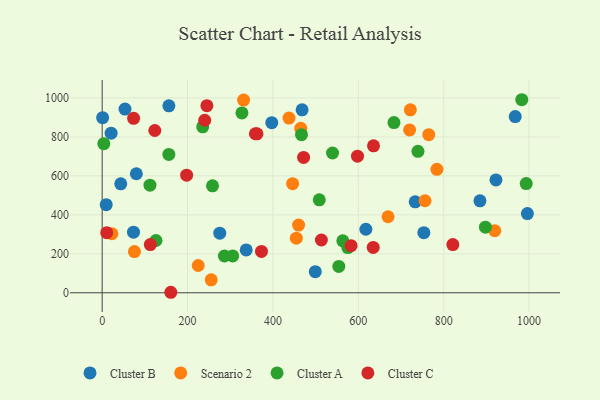
{"axis": {"x": "Engine Size", "y": "Fuel Efficiency"}, "legend": ["Cluster A", "Cluster B", "Cluster C", "Scenario 2"], "data": [{"x": "156.3", "y": 959.1, "type": "Cluster B"}, {"x": "753.5", "y": 308.5, "type": "Cluster B"}, {"x": "53.5", "y": 942.3, "type": "Cluster B"}, {"x": "21.0", "y": 819.0, "type": "Cluster B"}, {"x": "275.5", "y": 306.0, "type": "Cluster B"}, {"x": "397.3", "y": 872.8, "type": "Cluster B"}, {"x": "468.3", "y": 938.6, "type": "Cluster B"}, {"x": "617.7", "y": 326.0, "type": "Cluster B"}, {"x": "499.2", "y": 108.4, "type": "Cluster B"}, {"x": "1.1", "y": 898.4, "type": "Cluster B"}, {"x": "9.5", "y": 452.1, "type": "Cluster B"}, {"x": "43.6", "y": 558.8, "type": "Cluster B"}, {"x": "967.5", "y": 904.1, "type": "Cluster B"}, {"x": "884.9", "y": 471.6, "type": "Cluster B"}, {"x": "337.4", "y": 219.9, "type": "Cluster B"}, {"x": "733.2", "y": 466.7, "type": "Cluster B"}, {"x": "80.1", "y": 610.8, "type": "Cluster B"}, {"x": "73.4", "y": 310.7, "type": "Cluster B"}, {"x": "922.4", "y": 579.1, "type": "Cluster B"}, {"x": "996.0", "y": 406.3, "type": "Cluster B"}, {"x": "437.6", "y": 896.1, "type": "Scenario 2"}, {"x": "255.4", "y": 66.7, "type": "Scenario 2"}, {"x": "465.2", "y": 843.8, "type": "Scenario 2"}, {"x": "22.9", "y": 302.8, "type": "Scenario 2"}, {"x": "721.9", "y": 938.8, "type": "Scenario 2"}, {"x": "765.0", "y": 811.4, "type": "Scenario 2"}, {"x": "454.8", "y": 280.3, "type": "Scenario 2"}, {"x": "446.1", "y": 559.7, "type": "Scenario 2"}, {"x": "784.1", "y": 633.3, "type": "Scenario 2"}, {"x": "756.2", "y": 472.1, "type": "Scenario 2"}, {"x": "919.6", "y": 318.4, "type": "Scenario 2"}, {"x": "669.6", "y": 390.2, "type": "Scenario 2"}, {"x": "331.3", "y": 988.5, "type": "Scenario 2"}, {"x": "75.6", "y": 211.4, "type": "Scenario 2"}, {"x": "460.1", "y": 347.3, "type": "Scenario 2"}, {"x": "225.0", "y": 140.1, "type": "Scenario 2"}, {"x": "720.1", "y": 835.4, "type": "Scenario 2"}, {"x": "683.5", "y": 873.1, "type": "Cluster A"}, {"x": "258.5", "y": 548.5, "type": "Cluster A"}, {"x": "112.0", "y": 552.0, "type": "Cluster A"}, {"x": "897.8", "y": 336.4, "type": "Cluster A"}, {"x": "993.3", "y": 560.4, "type": "Cluster A"}, {"x": "508.6", "y": 477.0, "type": "Cluster A"}, {"x": "563.7", "y": 266.5, "type": "Cluster A"}, {"x": "575.4", "y": 232.1, "type": "Cluster A"}, {"x": "305.8", "y": 189.0, "type": "Cluster A"}, {"x": "739.7", "y": 725.7, "type": "Cluster A"}, {"x": "539.6", "y": 717.2, "type": "Cluster A"}, {"x": "554.3", "y": 135.3, "type": "Cluster A"}, {"x": "466.9", "y": 811.4, "type": "Cluster A"}, {"x": "156.2", "y": 709.9, "type": "Cluster A"}, {"x": "327.4", "y": 922.9, "type": "Cluster A"}, {"x": "3.9", "y": 764.8, "type": "Cluster A"}, {"x": "235.5", "y": 851.7, "type": "Cluster A"}, {"x": "126.1", "y": 268.2, "type": "Cluster A"}, {"x": "982.9", "y": 990.5, "type": "Cluster A"}, {"x": "286.4", "y": 188.7, "type": "Cluster A"}, {"x": "10.7", "y": 308.3, "type": "Cluster C"}, {"x": "245.3", "y": 959.8, "type": "Cluster C"}, {"x": "123.3", "y": 832.5, "type": "Cluster C"}, {"x": "821.4", "y": 247.5, "type": "Cluster C"}, {"x": "513.5", "y": 270.7, "type": "Cluster C"}, {"x": "358.9", "y": 816.0, "type": "Cluster C"}, {"x": "583.1", "y": 241.5, "type": "Cluster C"}, {"x": "598.1", "y": 701.0, "type": "Cluster C"}, {"x": "362.6", "y": 815.7, "type": "Cluster C"}, {"x": "197.9", "y": 603.2, "type": "Cluster C"}, {"x": "73.7", "y": 895.1, "type": "Cluster C"}, {"x": "112.8", "y": 247.1, "type": "Cluster C"}, {"x": "240.2", "y": 885.3, "type": "Cluster C"}, {"x": "634.9", "y": 232.9, "type": "Cluster C"}, {"x": "373.2", "y": 212.1, "type": "Cluster C"}, {"x": "160.8", "y": 2.6, "type": "Cluster C"}, {"x": "635.6", "y": 754.0, "type": "Cluster C"}, {"x": "471.8", "y": 694.7, "type": "Cluster C"}]}